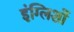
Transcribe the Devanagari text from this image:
इंग्लिशों